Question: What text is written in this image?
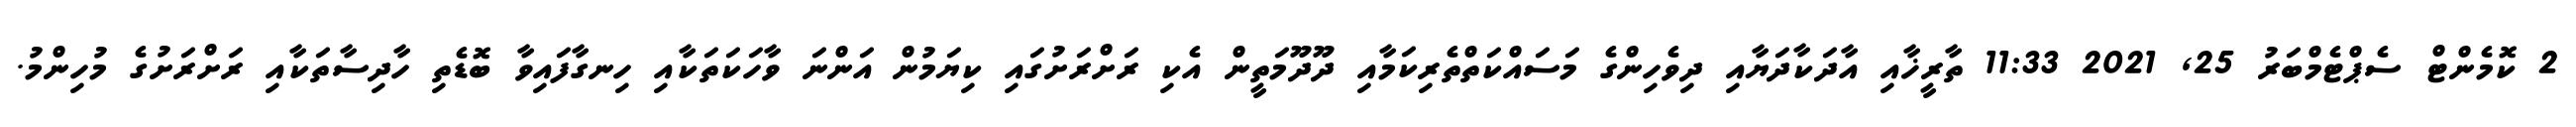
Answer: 2 ކޮމެންޓް ސެޕްޓެމްބަރު 25, 2021 11:33 ތާރީޚާއި އާދަކާދަޔާއި ދިވެހިންގެ މަސައްކަތްތެރިކަމާއި ދޫދޫމަތީން އެކި ރަށްރަށުގައި ކިޔަމުން އަންނަ ވާހަކަތަކާއި ހިނގާފައިވާ ބޮޑެތި ހާދިސާތަކާއި ރަށްރަށުގެ މުހިންމު.